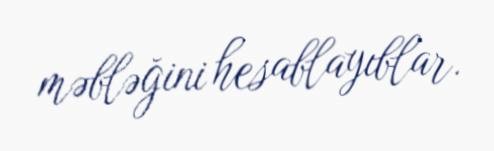
məbləğini hesablayıblar.